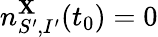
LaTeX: n_{S^{\prime},I^{\prime}}^{\mathbf{X}}(t_{0})=0